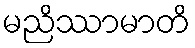
မညိဿာမာတိ